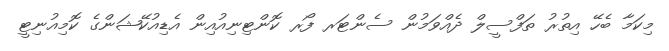
މިކަމާ ބެހޭ އިތުރު ތަފްސީލް ދެއްވަމުން ސެންޓަރ ފޯރ ކޮންޓިނިއުއިން އެޑިއުކޭޝަންގެ ކޮމިއުނިޓީ